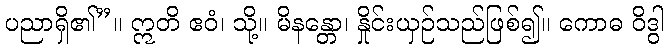
ပညာရှိ၏”။ ဣတိ ဧဝံ၊ သို့။ မိနန္တော၊ နှိုင်းယှဉ်သည်ဖြစ်၍။ ကောဓ ဝိဒွါ